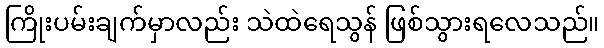
ကြိုးပမ်းချက်မှာလည်း သဲထဲရေသွန် ဖြစ်သွားရလေသည်။